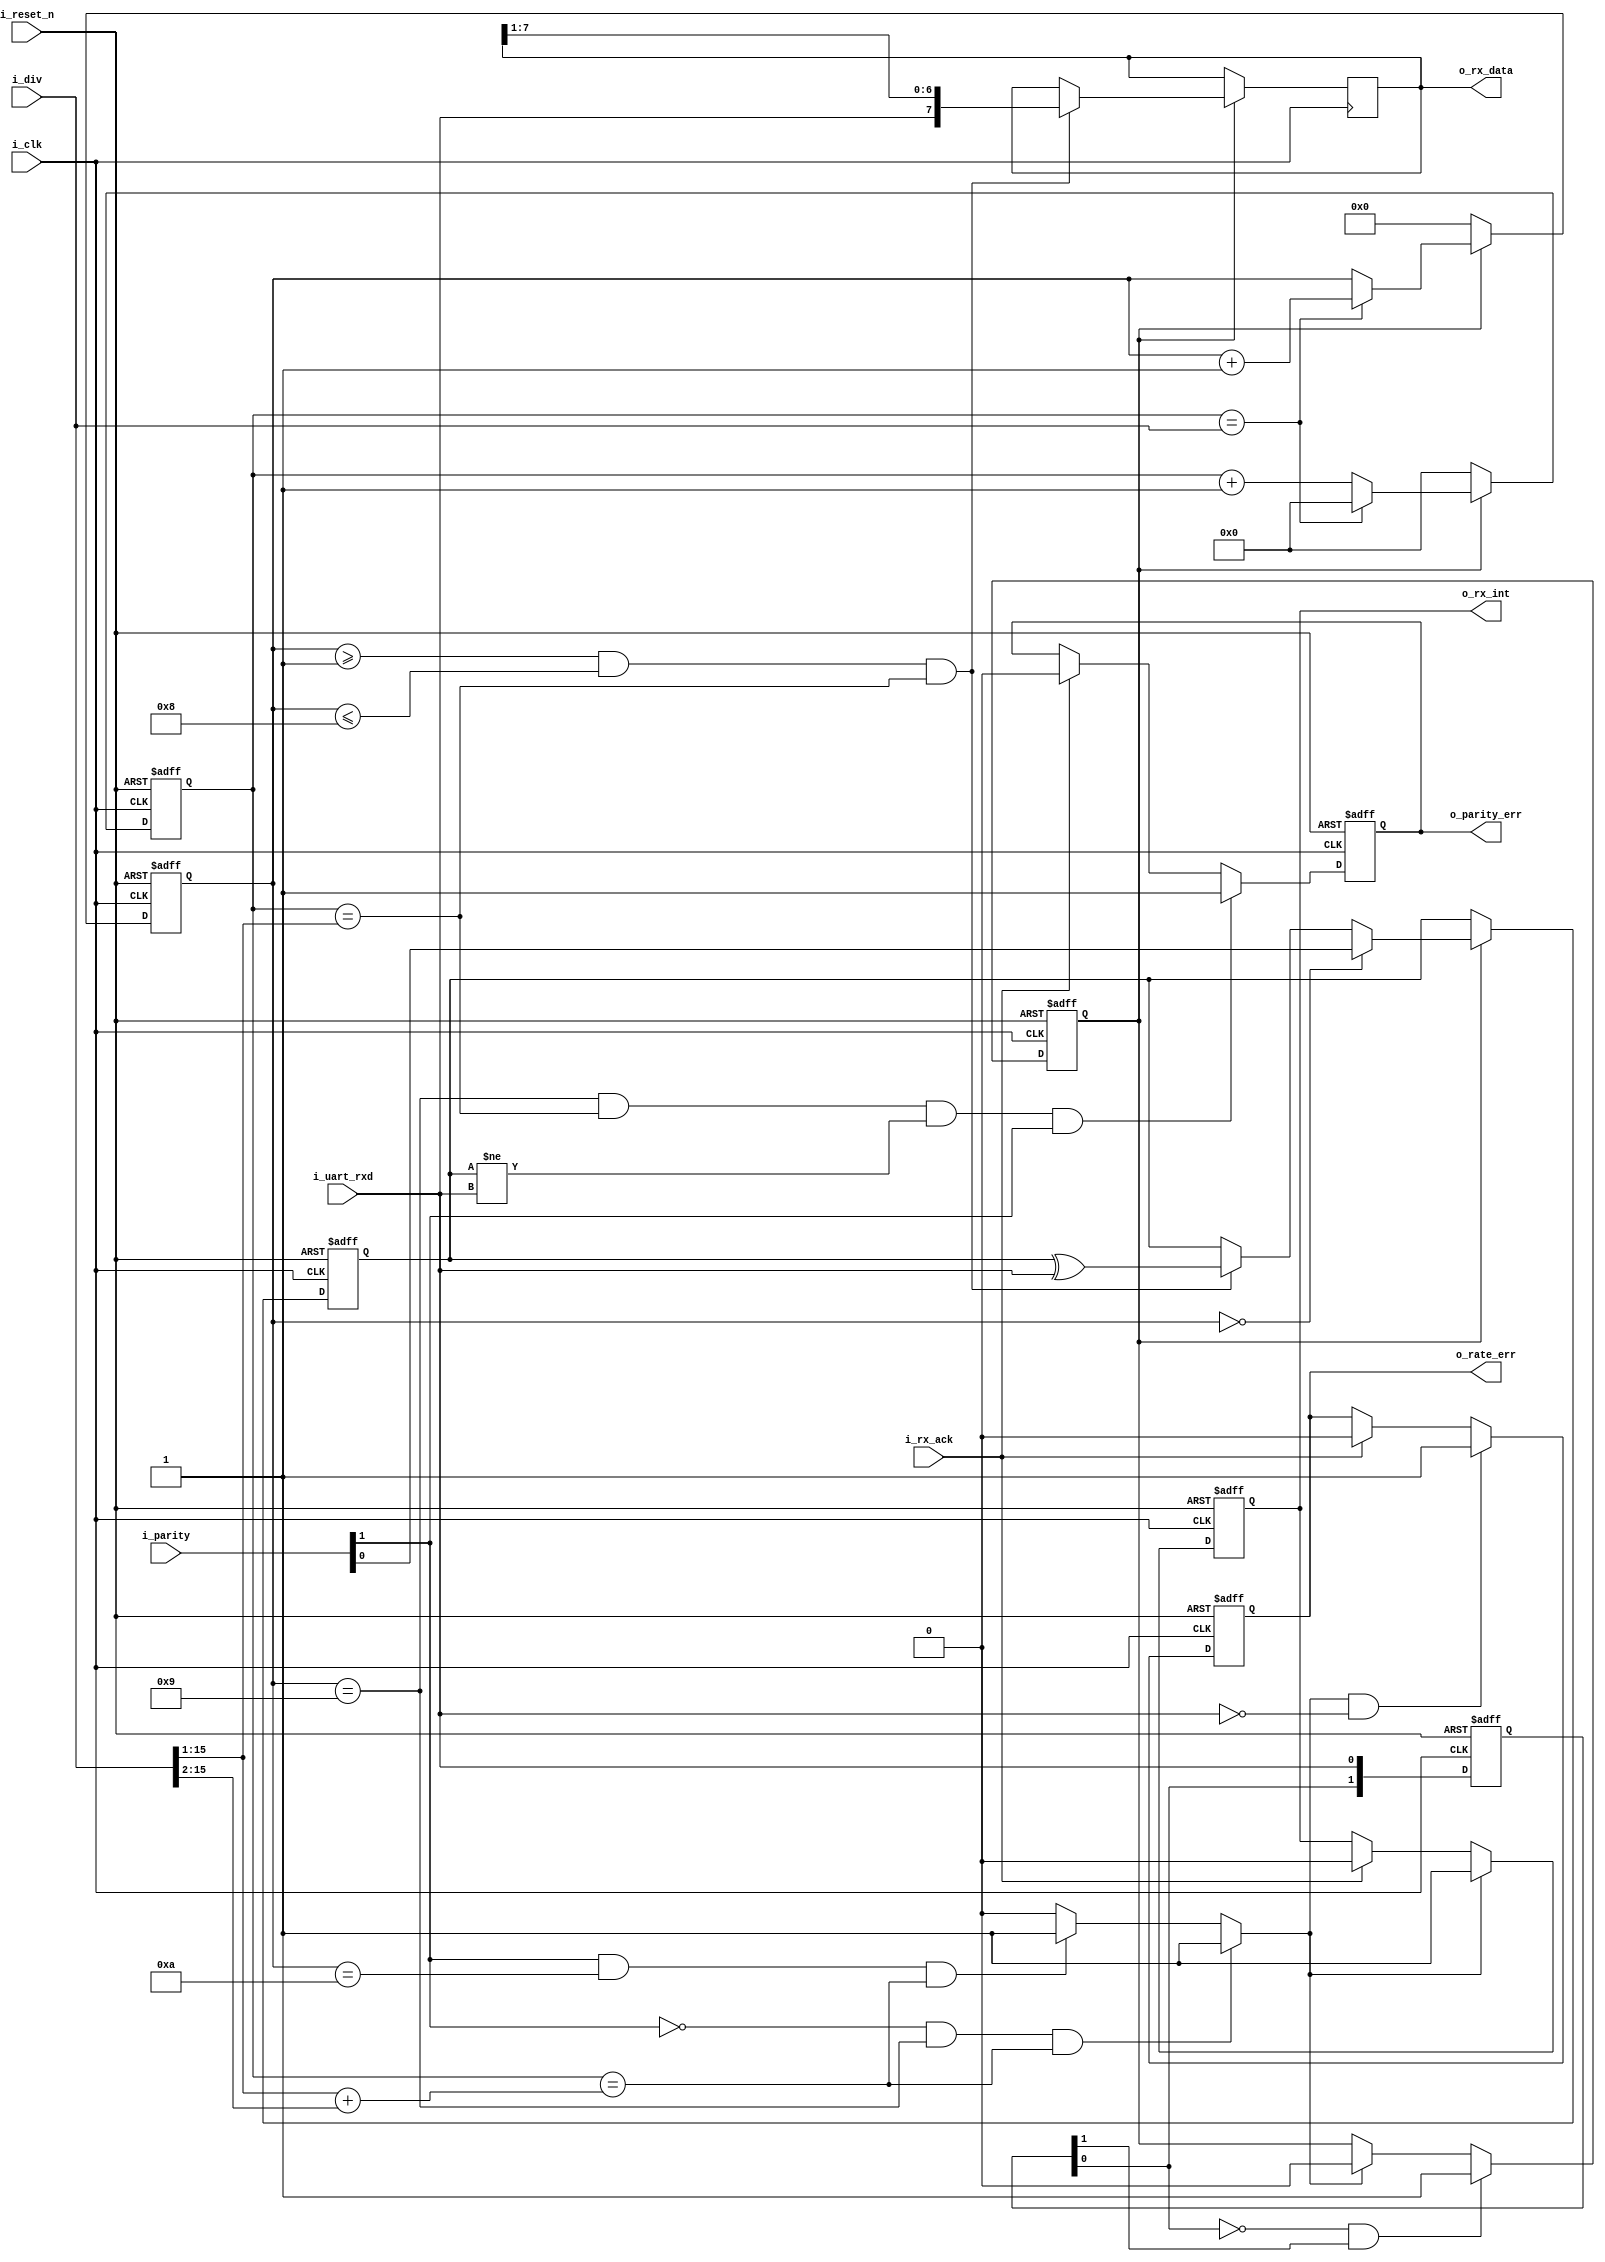
// +FHDR------------------------------------------------------------------------
// Copyright (c) . All rights reserved
// 
// -----------------------------------------------------------------------------
// DEPARTMENT 		: 	Hardware Department
// AUTHORS EMAIL 	: 	hecheng@feimarobotics.com
// -----------------------------------------------------------------------------
// RELEASE HISTORY
// VERSION DATE AUTHOR DESCRIPTION
// 1.0 2018-08-12 V1
// -----------------------------------------------------------------------------
// KEYWORDS : None
// -----------------------------------------------------------------------------
// PURPOSE : Uart Recive data modle
// 1: Set uart baud rate -- i_div = (i_clk/uart_rate) - 1
// 2: Set uart parity -- i_parity[0]: set parity check. i_parity[1]: parity check enable
// 3: Output parity check error signal
// 4: Output baud rate error signal
// -----------------------------------------------------------------------------
// PARAMETERS
// 
// 
// -----------------------------------------------------------------------------
// REUSE ISSUES
// Reset Strategy 		: 	i_reset_n signal falling edge reset
// Clock Domains 		: 	i_clk
// Critical Timing 		:
// Test Features		:
// Asynchronous I/F 	: 	i_reset_n
// Scan Methodology 	:
// Instantiations 		: 	N/A
// Synthesizable (y/n) 	: 	y
// Other :
// -FHDR------------------------------------------------------------------------
module uart_rx(
	i_clk,
	i_reset_n,
	i_parity,
	i_div,
	o_rx_int,
	i_rx_ack,
	o_rx_data,
	o_parity_err,
	o_rate_err,
	i_uart_rxd);
//************************************************//
//	Port description
//***********************************************//
input 				i_clk; 			//Input clock
input 				i_reset_n;		//Input reset low active
input 		[1:0] 	i_parity; 		//i_parity[0]: 0--Even check, 1--odd check; parity[1]: 1--Enabel parity check, 0--disable parity check
input 		[15:0] 	i_div; 			//Uart rate setting: i_div = (i_clk /rate) - 1
output 	reg			o_rx_int;		//Uart receive interrupt
input 				i_rx_ack; 		//Uart receive ack
output 	reg	[7:0] 	o_rx_data; 		//uart receive data
output 				o_parity_err; 	//Parity check error signal
output 	reg			o_rate_err; 	//Rate error signal
input 		 		i_uart_rxd; 	//Uart rxd signal

//************************************************//
//	Internal network definition
//***********************************************//
reg 	[1:0] 	rxd_temp;
reg 			rx_en;
reg 	[15:0] 	clk_div;
reg 	[3:0] 	rx_bits_cnt;
reg 			parity_check;
reg 			parity_result;


wire			rx_start;
wire			rx_end;
wire 			data_samp;
wire 			stop_end;
wire 			rx_bit_end;

always @(posedge i_clk or negedge i_reset_n)
begin
	if(!i_reset_n) 
		rxd_temp <= 2'b00;
	else 
		rxd_temp <= {rxd_temp[0],i_uart_rxd};
end

assign rx_start = ~rxd_temp[0] & rxd_temp[1];

always @(posedge i_clk or negedge i_reset_n) 
begin
	if(!i_reset_n) 
		rx_en <= 1'b0;
	else if(rx_start) 
		rx_en <= 1'b1;
	else if(rx_end) 
		rx_en <= 1'b0;
end

always @(posedge i_clk or negedge i_reset_n)
begin
	if(!i_reset_n) 
		clk_div <= 16'd0;
	else if(rx_en) begin
		if(rx_bit_end) 
			clk_div <= 16'd0;
		else 
			clk_div <= clk_div + 16'd1;
	end
	else 
		clk_div <= 16'd0;
end

assign rx_bit_end = (clk_div == i_div);
assign data_samp = (clk_div == i_div >> 1);

always @(posedge i_clk or negedge i_reset_n) 
begin
	if(!i_reset_n) 
		rx_bits_cnt <= 4'd0;
	else if(rx_en) begin
		if(rx_bit_end) 
			rx_bits_cnt <= rx_bits_cnt + 4'd1;
	end
	else 
		rx_bits_cnt <= 4'd0;
end

always @(posedge i_clk)
begin
	if(rx_en) begin
		if(rx_bits_cnt >= 4'd1 && rx_bits_cnt <= 4'd8 && data_samp) 
			o_rx_data <= {i_uart_rxd,o_rx_data[7:1]};
	end
end

always @(posedge i_clk or negedge i_reset_n)
begin
	if(!i_reset_n) 
		parity_check <= 1'b0;
	else if(rx_en) begin
		if(rx_bits_cnt == 4'd0) 
			parity_check <=  i_parity[0];
		else if(rx_bits_cnt >= 4'd1 && rx_bits_cnt <= 4'd8 && data_samp) 
			parity_check <= parity_check ^ i_uart_rxd;
	end
end

always @(posedge i_clk or negedge i_reset_n)
begin
	if(!i_reset_n) 
		parity_result <= 1'b0;
	else if(rx_bits_cnt == 4'd9 && data_samp && parity_check != i_uart_rxd && i_parity[1]) 
		parity_result <= 1'b1;
	else if(i_rx_ack) 
		parity_result <= 1'b0;
end

assign stop_bit_end = (clk_div == ((i_div >> 1) + (i_div >> 2)));

assign rx_end = (!i_parity[1] && rx_bits_cnt == 4'd9 && stop_bit_end) ? 1'b1 :
				(i_parity[1] && rx_bits_cnt == 4'd10 && stop_bit_end) ? 1'b1 : 1'b0;

always @(posedge i_clk or negedge i_reset_n) begin
	if(!i_reset_n) 
		o_rx_int <= 1'b0;
	else if(rx_end) 
		o_rx_int <= 1'b1;
	else if(i_rx_ack) 
		o_rx_int <= 1'b0;
end

assign o_parity_err = parity_result;

always @(posedge i_clk or negedge i_reset_n)
begin
	if(!i_reset_n) 
		o_rate_err <= 1'b0;
	else if(rx_end && !i_uart_rxd) 
		o_rate_err <= 1'b1;
	else if(i_rx_ack) 
		o_rate_err <= 1'b0;
end

endmodule